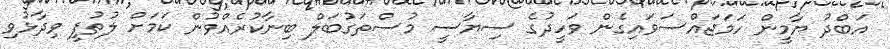
އަބްދު ޔާމީން ހަމަޖައްސަވައިގެން ވަހީދުގެ ސިޔާސީ މުސްތަގުބަލް ބިނާކުރެއްވުން ކަމަށް ލުތުފީ ވިދާޅުވި